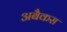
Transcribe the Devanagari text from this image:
अबैकस